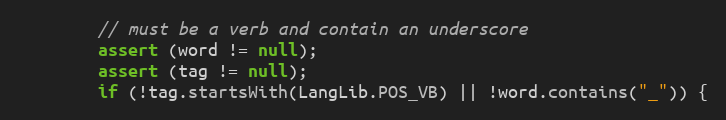
Language: Java
        // must be a verb and contain an underscore
        assert (word != null);
        assert (tag != null);
        if (!tag.startsWith(LangLib.POS_VB) || !word.contains("_")) {